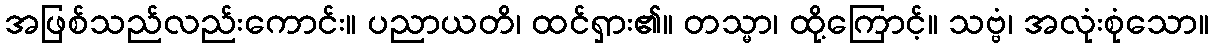
အဖြစ်သည်လည်းကောင်း။ ပညာယတိ၊ ထင်ရှား၏။ တသ္မာ၊ ထို့ကြောင့်။ သဗ္ဗံ၊ အလုံးစုံသော။